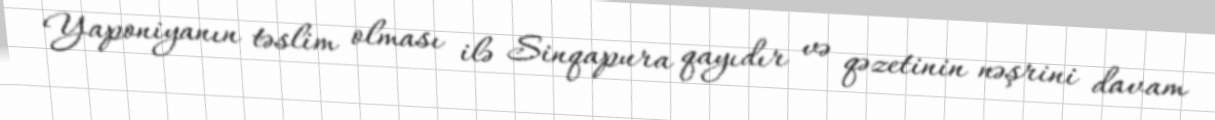
Yaponiyanın təslim olması ilə Sinqapura qayıdır və qəzetinin nəşrini davam